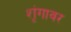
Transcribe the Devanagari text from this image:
शृंगावर